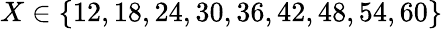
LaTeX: X\in\{ 12,18,24,30,36,42,48,54,60\}